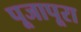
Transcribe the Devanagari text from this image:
पूजापूरा